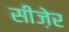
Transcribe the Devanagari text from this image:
सीज़ेर